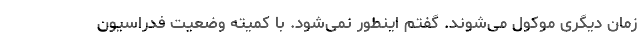
زمان دیگری موکول می‌شوند. گفتم اینطور نمی‌شود. با کمیته وضعیت فدراسیون